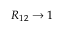
R _ { 1 2 } \rightarrow 1